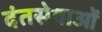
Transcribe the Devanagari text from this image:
दंतसेवाओं